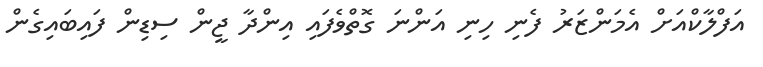
އަފްލާކްއަށް އެމަންޒަރު ފެނި ހިނި އަންނަ ގޮތްވެފައި އިންދާ ޖީން ސިޑިން ފައިބައިގެން